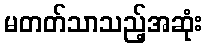
မတတ်သာသည့်အဆုံး